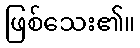
ဖြစ်သေး၏။